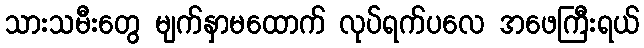
သားသမီးတွေ မျက်နှာမထောက် လုပ်ရက်ပလေ အဖေကြီးရယ်